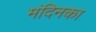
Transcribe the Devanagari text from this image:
मंदिनका